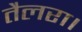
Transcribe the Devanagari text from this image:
तैलरा।